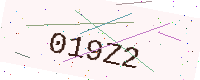
Text: 019Z2